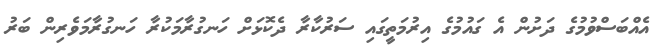
އެއްބަސްވުމުގެ ދަަށުން އެ ގައުމުގެ އިރުމަތީގައި ސަރުކާރާ ދެކޮޅަށް ހަނގުރާމަކުރާ ހަނގުރާމަވެރިން ބަރު